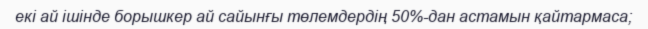
екі ай ішінде борышкер ай сайынғы төлемдердің 50%-дан астамын қайтармаса;